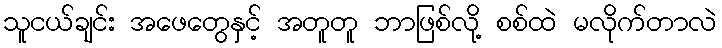
သူငယ်ချင်း အဖေတွေနှင့် အတူတူ ဘာဖြစ်လို့ စစ်ထဲ မလိုက်တာလဲ